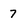
Character: 7